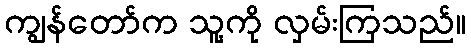
ကျွန်တော်က သူ့ကို လှမ်းကြသည်။